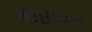
સરસવાના